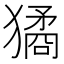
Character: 獝